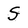
Character: S